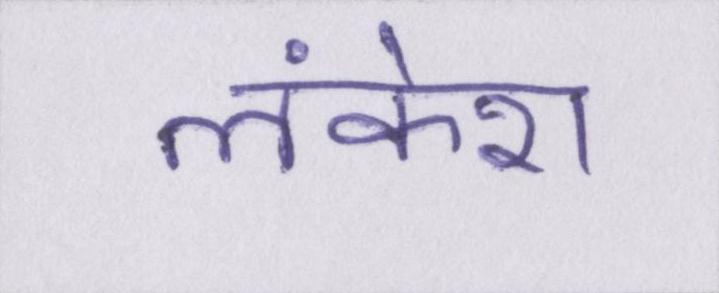
लंकेश